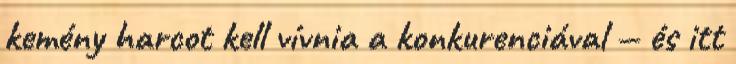
kemény harcot kell vívnia a konkurenciával — és itt